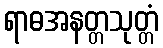
ရာဓအနတ္တသုတ္တံ